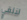
لنلقي